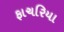
ફાચરિયા